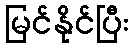
မြင်နိုင်ပြီး